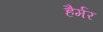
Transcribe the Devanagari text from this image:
हैर्मर